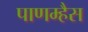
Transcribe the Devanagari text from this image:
पाणम्हैस